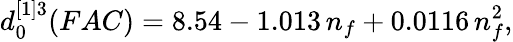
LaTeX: d_{0}^{[1]3}(FAC)=8.54-1.013\, n_{f}+0.0116\, n_{f}^{2}{},